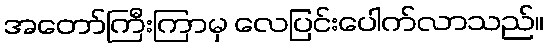
အတော်ကြီးကြာမှ လေပြင်းပေါက်လာသည်။